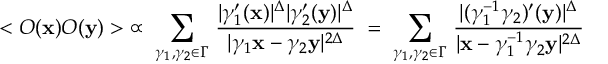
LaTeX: < { \cal O } ( { \bf x } ) { \cal O } ( { \bf y } ) > \; \propto \; \sum _ { \gamma _ { 1 } , \gamma _ { 2 } \in \Gamma } \, \frac { | \gamma _ { 1 } ^ { \prime } ( { \bf x } ) | ^ { \Delta } | \gamma _ { 2 } ^ { \prime } ( { \bf y } ) | ^ { \Delta } } { | \gamma _ { 1 } { \bf x } - \gamma _ { 2 } { \bf y } | ^ { 2 \Delta } } \; = \; \sum _ { \gamma _ { 1 } , \gamma _ { 2 } \in \Gamma } \, \frac { | ( \gamma _ { 1 } ^ { - 1 } \gamma _ { 2 } ) ^ { \prime } ( { \bf y } ) | ^ { \Delta } } { | { \bf x } - \gamma _ { 1 } ^ { - 1 } \gamma _ { 2 } { \bf y } | ^ { 2 \Delta } }